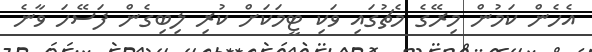
އެހެން ކަމުން މިރޭގެ މެޗުގައި ވަކި ޓީމަކަށް ކުރި ލިބިގެން ފަސޭހަ ވާނެ